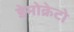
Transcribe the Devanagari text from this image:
डेमोक्रेटो